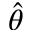
\hat { \theta }